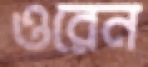
ওরেন